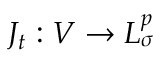
J _ { t } : V \to L _ { \sigma } ^ { p }